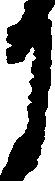
月